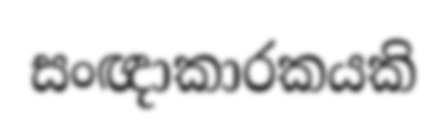
සංඥාකාරකයකි